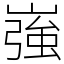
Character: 嵹